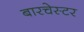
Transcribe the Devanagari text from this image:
बारचेस्टर